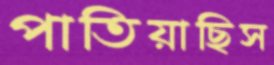
পাতিয়াছিস